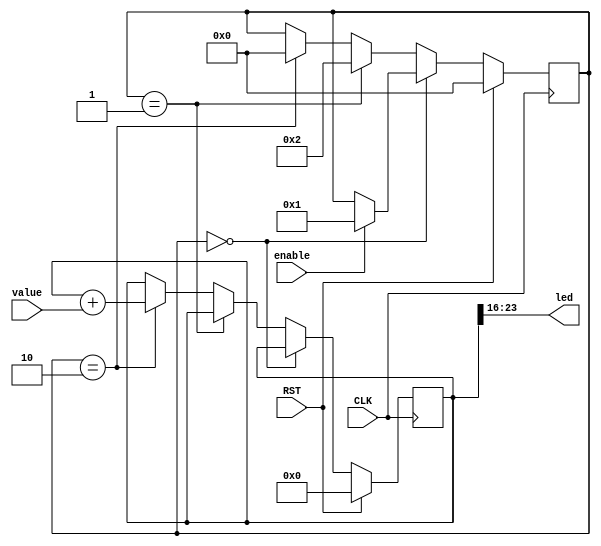
/* Generated by Yosys 0.43+11 (git sha1 49f547782, clang++ 14.0.0-1ubuntu1.1 -fPIC -Os) */

(* src = "./test.v:1.1-27.10" *)
module top(CLK, RST, enable, value, led);
  (* src = "./test.v:12.3-26.6" *)
  wire [31:0] _00_;
  (* src = "./test.v:12.3-26.6" *)
  wire [7:0] _01_;
  (* src = "./test.v:22.18-22.31" *)
  wire [31:0] _02_;
  (* src = "./test.v:17.10-17.20" *)
  wire _03_;
  (* src = "./test.v:19.19-19.29" *)
  wire _04_;
  (* src = "./test.v:21.19-21.29" *)
  wire _05_;
  wire [7:0] _06_;
  wire [7:0] _07_;
  wire [31:0] _08_;
  wire [31:0] _09_;
  wire [31:0] _10_;
  wire [7:0] _11_;
  wire [7:0] _12_;
  (* src = "./test.v:3.10-3.13" *)
  input CLK;
  wire CLK;
  (* src = "./test.v:4.10-4.13" *)
  input RST;
  wire RST;
  (* src = "./test.v:9.14-9.19" *)
  reg [31:0] count;
  (* src = "./test.v:5.10-5.16" *)
  input enable;
  wire enable;
  (* src = "./test.v:7.17-7.20" *)
  output [7:0] led;
  wire [7:0] led;
  (* src = "./test.v:10.13-10.18" *)
  reg [7:0] state;
  (* src = "./test.v:6.17-6.22" *)
  input [31:0] value;
  wire [31:0] value;
  assign _02_ = count + (* src = "./test.v:22.18-22.31" *) value;
  assign _03_ = ! (* src = "./test.v:17.10-17.20" *) state;
  assign _04_ = state == (* src = "./test.v:19.19-19.29" *) 8'h01;
  assign _05_ = state == (* src = "./test.v:21.19-21.29" *) 8'h02;
  (* src = "./test.v:12.3-26.6" *)
  always @(posedge CLK)
    count <= _00_;
  (* src = "./test.v:12.3-26.6" *)
  always @(posedge CLK)
    state <= _01_;
  assign _06_ = enable ? (* src = "./test.v:18.12-18.18|./test.v:18.9-18.31" *) 8'h01 : state;
  assign _07_ = _03_ ? (* full_case = 32'd1 *) (* src = "./test.v:17.10-17.20|./test.v:17.7-24.10" *) _06_ : _12_;
  assign _01_ = RST ? (* full_case = 32'd1 *) (* src = "./test.v:13.8-13.11|./test.v:13.5-25.8" *) 8'h00 : _07_;
  assign _08_ = _05_ ? (* src = "./test.v:21.19-21.29|./test.v:21.16-24.10" *) _02_ : count;
  assign _09_ = _04_ ? (* full_case = 32'd1 *) (* src = "./test.v:19.19-19.29|./test.v:19.16-24.10" *) count : _08_;
  assign _10_ = _03_ ? (* full_case = 32'd1 *) (* src = "./test.v:17.10-17.20|./test.v:17.7-24.10" *) count : _09_;
  assign _00_ = RST ? (* full_case = 32'd1 *) (* src = "./test.v:13.8-13.11|./test.v:13.5-25.8" *) 32'd0 : _10_;
  assign _11_ = _05_ ? (* src = "./test.v:21.19-21.29|./test.v:21.16-24.10" *) 8'h00 : state;
  assign _12_ = _04_ ? (* full_case = 32'd1 *) (* src = "./test.v:19.19-19.29|./test.v:19.16-24.10" *) 8'h02 : _11_;
  assign led = count[23:16];
endmodule